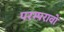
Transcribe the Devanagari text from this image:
परम्परावो